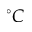
^ \circ C